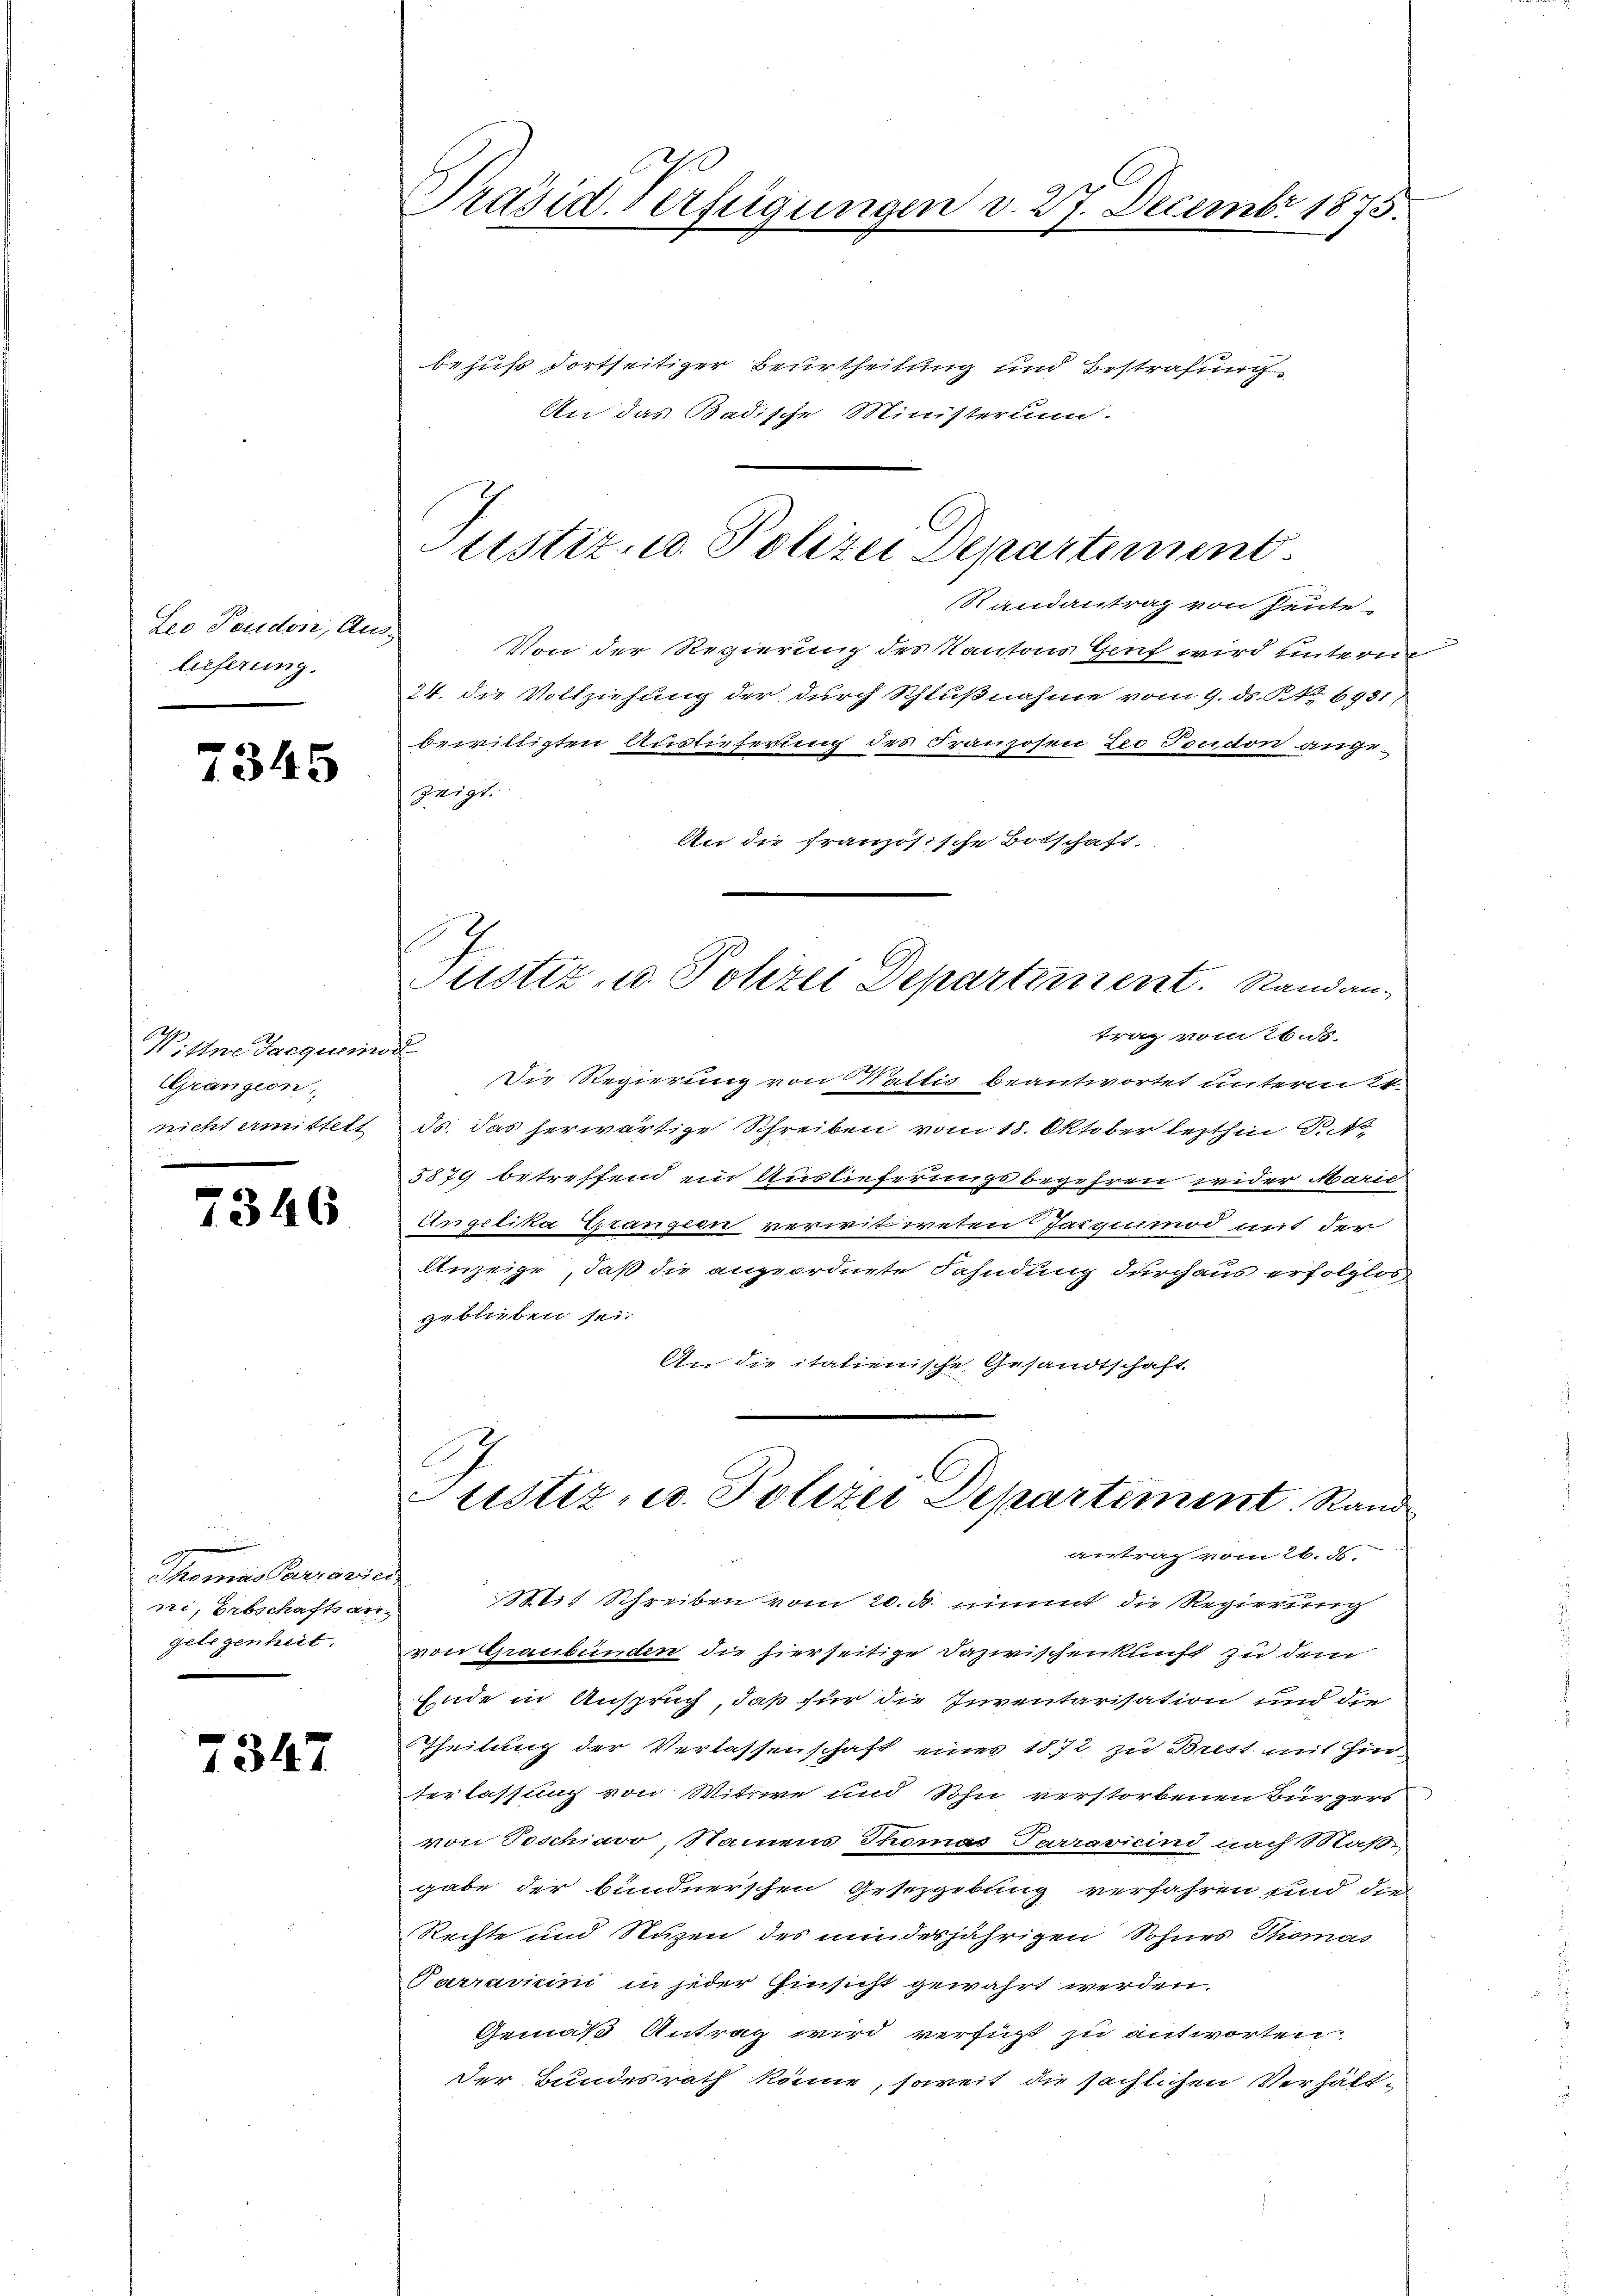
Leo Teudon, An
lieferung.

7345

Wittwe Jacquerin
Grangern,
nicht ermittelt

7346

Thomas Terravier
rri, Erbschafts an-
gelegenheit.

7347

Präsid. Verfügungen v. 27. Decembr 1873.

behuf dortseitiger Beurtheilung und Bestrafung
An das Badische Ministerium.
Randantrag von heute
Von der Regierung des Kantons Genf wird hinterm
24. die Vollziehung der durch Schlußnahme vom 9. ds. S. 6931)
bewilligten Auslieferung des Franzosen Leo Souchon ange-
zeigt.
An die französische Botschaft.
trag vom 26. ds.
s
Die Regierung von Wattis beantwortet unterm 24.
ds. das herwärtige Schreiben vom 18. Oktober lezthin S. 18
5879 betreffend ein Auslieferungsbegehren wider Marie
Angelika Grangen verwitweten Gaiquemod mit der
Anzeige, daß die angeordnete Fahndung durchaus erfolglos
geblieben sei.
An die italienische Gesandtschaft.
Justiz, u. Polizei Departement. Stand
antrag vom 26. d.
Mit Schreiben vom 20. d. nimmt die Regierung
von Graubünden die hierseitige Dazwischenkunft zu dem
Ende in Anspruch, daß für die Inventarisation und die
Theilung der Verlassenschaft eines 1872 zu Brest mit Hin-
terlassung von Wittwe und Sohn verstorbenen Bürgers
von Teschiavo, Namens Thomas Parravicind nach Maß
gabe der bundnerschen Gesetzgebung verfahren sind, die
Rechte und Nuzen des minderjährigen Sohnes Thomas
Parravicini in jeder Einsicht gewahrt werden.
Gemäß Antrag wird verfügt zu antworten
Der Bundesrath könne, soweit die sächlichen Verhält¬

Justiz u. Polizei Departement.

I
Prustiz- u. Polizei Departement. Sandan¬

u